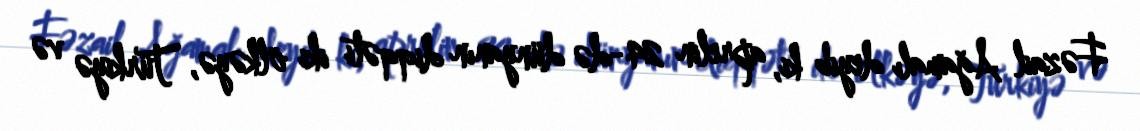
Fəzail Ağamalı deyib ki, aprelin 24-də dünyanın diqqəti iki ölkəyə, Türkiyə və